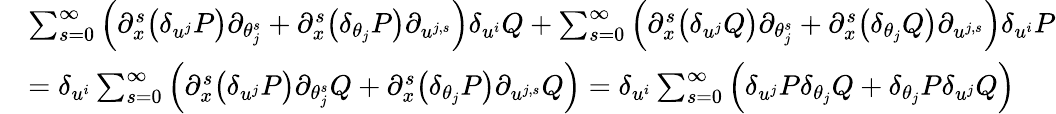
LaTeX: \begin{array}{rl}&{\sum_{s=0}^{\infty}\Big({\partial}_{x}^{s}\big(\delta_{u^{j}}P\big){\partial}_{\theta_{j}^{s}}+{\partial}_{x}^{s}\big(\delta_{\theta_{j}}P\big){\partial}_{u^{j,s}}\Big)\delta_{u^{i}}Q+\sum_{s=0}^{\infty}\Big({\partial}_{x}^{s}\big(\delta_{u^{j}}Q\big){\partial}_{\theta_{j}^{s}}+{\partial}_{x}^{s}\big(\delta_{\theta_{j}}Q\big){\partial}_{u^{j,s}}\Big)\delta_{u^{i}}P}\\ &{=\delta_{u^{i}}\sum_{s=0}^{\infty}\Big({\partial}_{x}^{s}\big(\delta_{u^{j}}P\big){\partial}_{\theta_{j}^{s}}Q+{\partial}_{x}^{s}\big(\delta_{\theta_{j}}P\big){\partial}_{u^{j,s}}Q\Big)=\delta_{u^{i}}\sum_{s=0}^{\infty}\Big(\delta_{u^{j}}P\delta_{\theta_{j}}Q+\delta_{\theta_{j}}P\delta_{u^{j}}Q\Big)}\end{array}